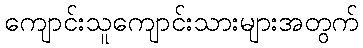
ကျောင်းသူကျောင်းသားများအတွက်